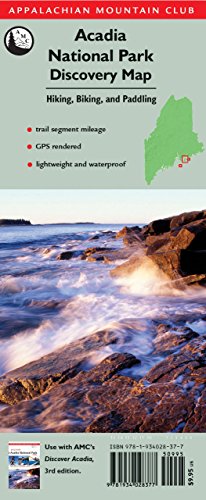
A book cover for Acadia National Park Discovery Map: Hiking, Biking, And Paddling (Appalachian Mountain Club: Acadia National Park Discovery Map); Appalachian Mountain Club Books; Sports & Outdoors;